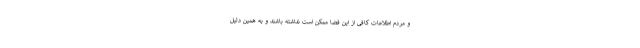
و مردم اطلاعات کافی از این فضا ممکن است نداشته باشند و به همین دلیل